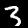
Digit: 3